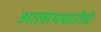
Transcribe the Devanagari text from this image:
आलापचारीचे